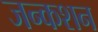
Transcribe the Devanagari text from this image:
जन्कशन